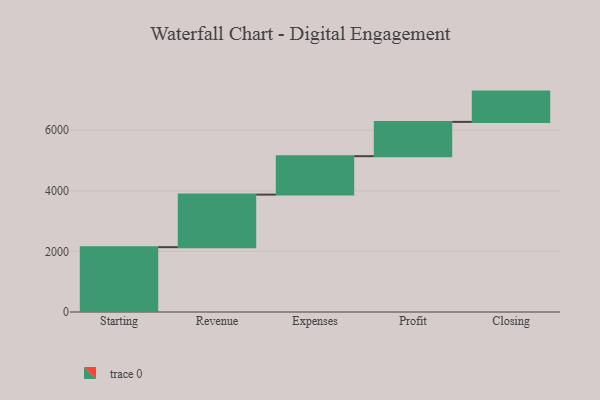
{"axis": {"x": "Step", "y": "Value"}, "legend": [""], "data": [{"x": "Starting", "y": 2141.0, "type": ""}, {"x": "Revenue", "y": 1735.0, "type": ""}, {"x": "Expenses", "y": 1269.0, "type": ""}, {"x": "Profit", "y": 1132.0, "type": ""}, {"x": "Closing", "y": 1000, "type": ""}]}